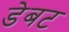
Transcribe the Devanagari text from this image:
डेबट